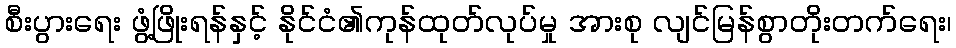
စီးပွားရေး ဖွံ့ဖြိုးရန်နှင့် နိုင်ငံ၏ကုန်ထုတ်လုပ်မှု အားစု လျင်မြန်စွာတိုးတက်ရေး၊